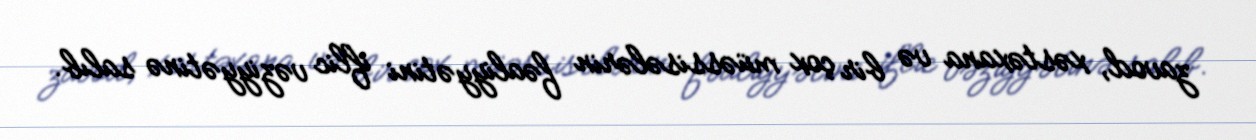
zavod, xəstəxana və bir çox müəssisələrin fəaliyyətini iflic vəziyyətinə salıb.